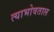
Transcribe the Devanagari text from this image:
त्याभोवताल